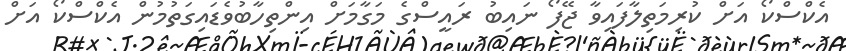
އެކްސްކޯ އަށް ކުރިމަތިލާފައިވާ ޖޭފޯ ނައިބު ރައީސްގެ މަގާމަށް އިންތިހާބުވެޑައިގަތުމުން އެކްސްކޯ އަށް